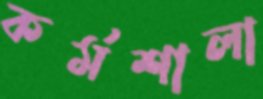
কর্মশালা